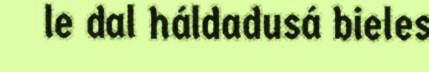
le dal háldadusá bieles